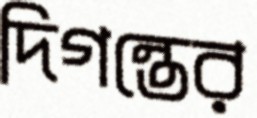
দিগন্তের